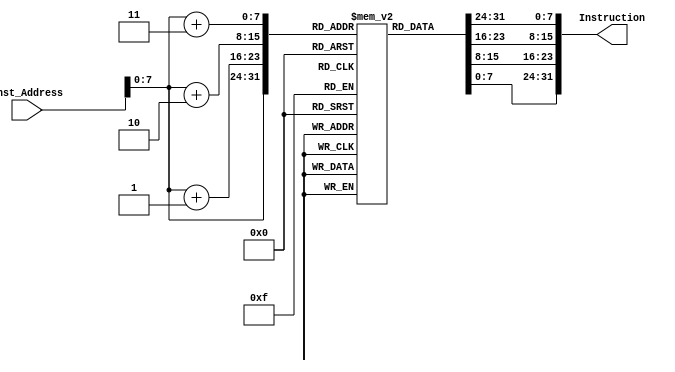
module Instruction_Memory
(
	input [63:0] Inst_Address,
	output reg [31:0] Instruction
);
	reg [7:0] inst_mem [147:0];
	
initial
	begin
		inst_mem[0]  = 8'h93; // more explanation of code in part 1
		inst_mem[1]  = 8'h05;
		inst_mem[2]  = 8'h60;
		inst_mem[3]  = 8'h00;
		inst_mem[4]  = 8'h93;
		inst_mem[5]  = 8'h0E;
		inst_mem[6]  = 8'h60;
		inst_mem[7]  = 8'h00;
		inst_mem[8]  = 8'h13;
		inst_mem[9]  = 8'h0F;
		inst_mem[10] = 8'h00;
		inst_mem[11] = 8'h00;
		inst_mem[12] = 8'h13;
		inst_mem[13] = 8'h0F;
		inst_mem[14] = 8'h00;
		inst_mem[15] = 8'h00;
		inst_mem[16] = 8'h13;
		inst_mem[17] = 8'h0E;
		inst_mem[18] = 8'h60;
		inst_mem[19] = 8'h00;
		inst_mem[20] = 8'h23;
		inst_mem[21] = 8'h20;
		inst_mem[22] = 8'hBF;
		inst_mem[23] = 8'h10;
		inst_mem[24] = 8'h93;
		inst_mem[25] = 8'h8F;
		inst_mem[26] = 8'h1F;
		inst_mem[27] = 8'h00;
		inst_mem[28] = 8'h13;
		inst_mem[29] = 8'h0F;
		inst_mem[30] = 8'h8F;
		inst_mem[31] = 8'h00;
		inst_mem[32] = 8'h93;
		inst_mem[33] = 8'h85;
		inst_mem[34] = 8'hF5;
		inst_mem[35] = 8'hFF;
		inst_mem[36] = 8'h63;
		inst_mem[37] = 8'h04;
		inst_mem[38] = 8'hFE;
		inst_mem[39] = 8'h01;
		inst_mem[40] = 8'hE3;
		inst_mem[41] = 8'h06;
		inst_mem[42] = 8'h00;
		inst_mem[43] = 8'hFE;
		inst_mem[44] = 8'h13;
		inst_mem[45] = 8'h0F;
		inst_mem[46] = 8'h00;
		inst_mem[47] = 8'h00;
		inst_mem[48] = 8'h93;
		inst_mem[49] = 8'h0F;
		inst_mem[50] = 8'h0F;
		inst_mem[51] = 8'h00;
		inst_mem[52] = 8'h93;
		inst_mem[53] = 8'h0E;
		inst_mem[54] = 8'h00;
		inst_mem[55] = 8'h00;
		inst_mem[56] = 8'h93;
		inst_mem[57] = 8'h05;
		inst_mem[58] = 8'h60;
		inst_mem[59] = 8'h00;
		inst_mem[60] = 8'h63;
		inst_mem[61] = 8'h8C;
		inst_mem[62] = 8'hE5;
		inst_mem[63] = 8'h05;
		inst_mem[64] = 8'h33;
		inst_mem[65] = 8'h85;
		inst_mem[66] = 8'h0E;
		inst_mem[67] = 8'h00;
		inst_mem[68] = 8'h93;
		inst_mem[69] = 8'h0F;
		inst_mem[70] = 8'h1F;
		inst_mem[71] = 8'h00;
		inst_mem[72] = 8'h13;
		inst_mem[73] = 8'h8E;
		inst_mem[74] = 8'h8E;
		inst_mem[75] = 8'h00;
		inst_mem[76] = 8'h63;
		inst_mem[77] = 8'h88;
		inst_mem[78] = 8'hBF;
		inst_mem[79] = 8'h02;
		inst_mem[80] = 8'h83;
		inst_mem[81] = 8'h27;
		inst_mem[82] = 8'h0E;
		inst_mem[83] = 8'h10;
		inst_mem[84] = 8'h03;
		inst_mem[85] = 8'h28;
		inst_mem[86] = 8'h05;
		inst_mem[87] = 8'h10;
		inst_mem[88] = 8'h63;
		inst_mem[89] = 8'hCE;
		inst_mem[90] = 8'h07;
		inst_mem[91] = 8'h01;
		inst_mem[92] = 8'h93;
		inst_mem[93] = 8'h8F;
		inst_mem[94] = 8'h1F;
		inst_mem[95] = 8'h00;
		inst_mem[96] = 8'h13;
		inst_mem[97] = 8'h0E;
		inst_mem[98] = 8'h8E;
		inst_mem[99] = 8'h00;
		inst_mem[100] = 8'hE3;
		inst_mem[101] = 8'h04;
		inst_mem[102] = 8'h00;
		inst_mem[103] = 8'hFC;
		inst_mem[104] = 8'h13;
		inst_mem[105] = 8'h0F;
		inst_mem[106] = 8'h1F;
		inst_mem[107] = 8'h00;
		inst_mem[108] = 8'h13;
		inst_mem[109] = 8'h0E;
		inst_mem[110] = 8'h8E;
		inst_mem[111] = 8'h00;
		inst_mem[112] = 8'hE3;
		inst_mem[113] = 8'h06;
		inst_mem[114] = 8'h00;
		inst_mem[115] = 8'hFC;
		inst_mem[116] = 8'h13;
		inst_mem[117] = 8'h05;
		inst_mem[118] = 8'h0E;
		inst_mem[119] = 8'h00;
		inst_mem[120] = 8'hE3;
		inst_mem[121] = 8'h02;
		inst_mem[122] = 8'h00;
		inst_mem[123] = 8'hFE;
		inst_mem[124] = 8'h83;
		inst_mem[125] = 8'h26;
		inst_mem[126] = 8'h05;
		inst_mem[127] = 8'h10;
		inst_mem[128] = 8'h03;
		inst_mem[129] = 8'hA7;
		inst_mem[130] = 8'h0E;
		inst_mem[131] = 8'h10;
		inst_mem[132] = 8'h23;
		inst_mem[133] = 8'hA0;
		inst_mem[134] = 8'hDE;
		inst_mem[135] = 8'h10;
		inst_mem[136] = 8'h23;
		inst_mem[137] = 8'h20;
		inst_mem[138] = 8'hE5;
		inst_mem[139] = 8'h10;
		inst_mem[140] = 8'h93;
		inst_mem[141] = 8'h8E;
		inst_mem[142] = 8'h8E;
		inst_mem[143] = 8'h00;
		inst_mem[144] = 8'hE3;
		inst_mem[145] = 8'h06;
		inst_mem[146] = 8'h00;
		inst_mem[147] = 8'hFC;
	end
	
	always @(Inst_Address)
	begin
		Instruction={inst_mem[Inst_Address+3],inst_mem[Inst_Address+2],inst_mem[Inst_Address+1],inst_mem[Inst_Address]};
	end
endmodule